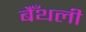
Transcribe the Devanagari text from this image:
बैँथली